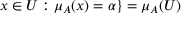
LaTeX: x \in { U } : \mu _ { A } ( x ) = \alpha \} = \mu _ { A } ( U )